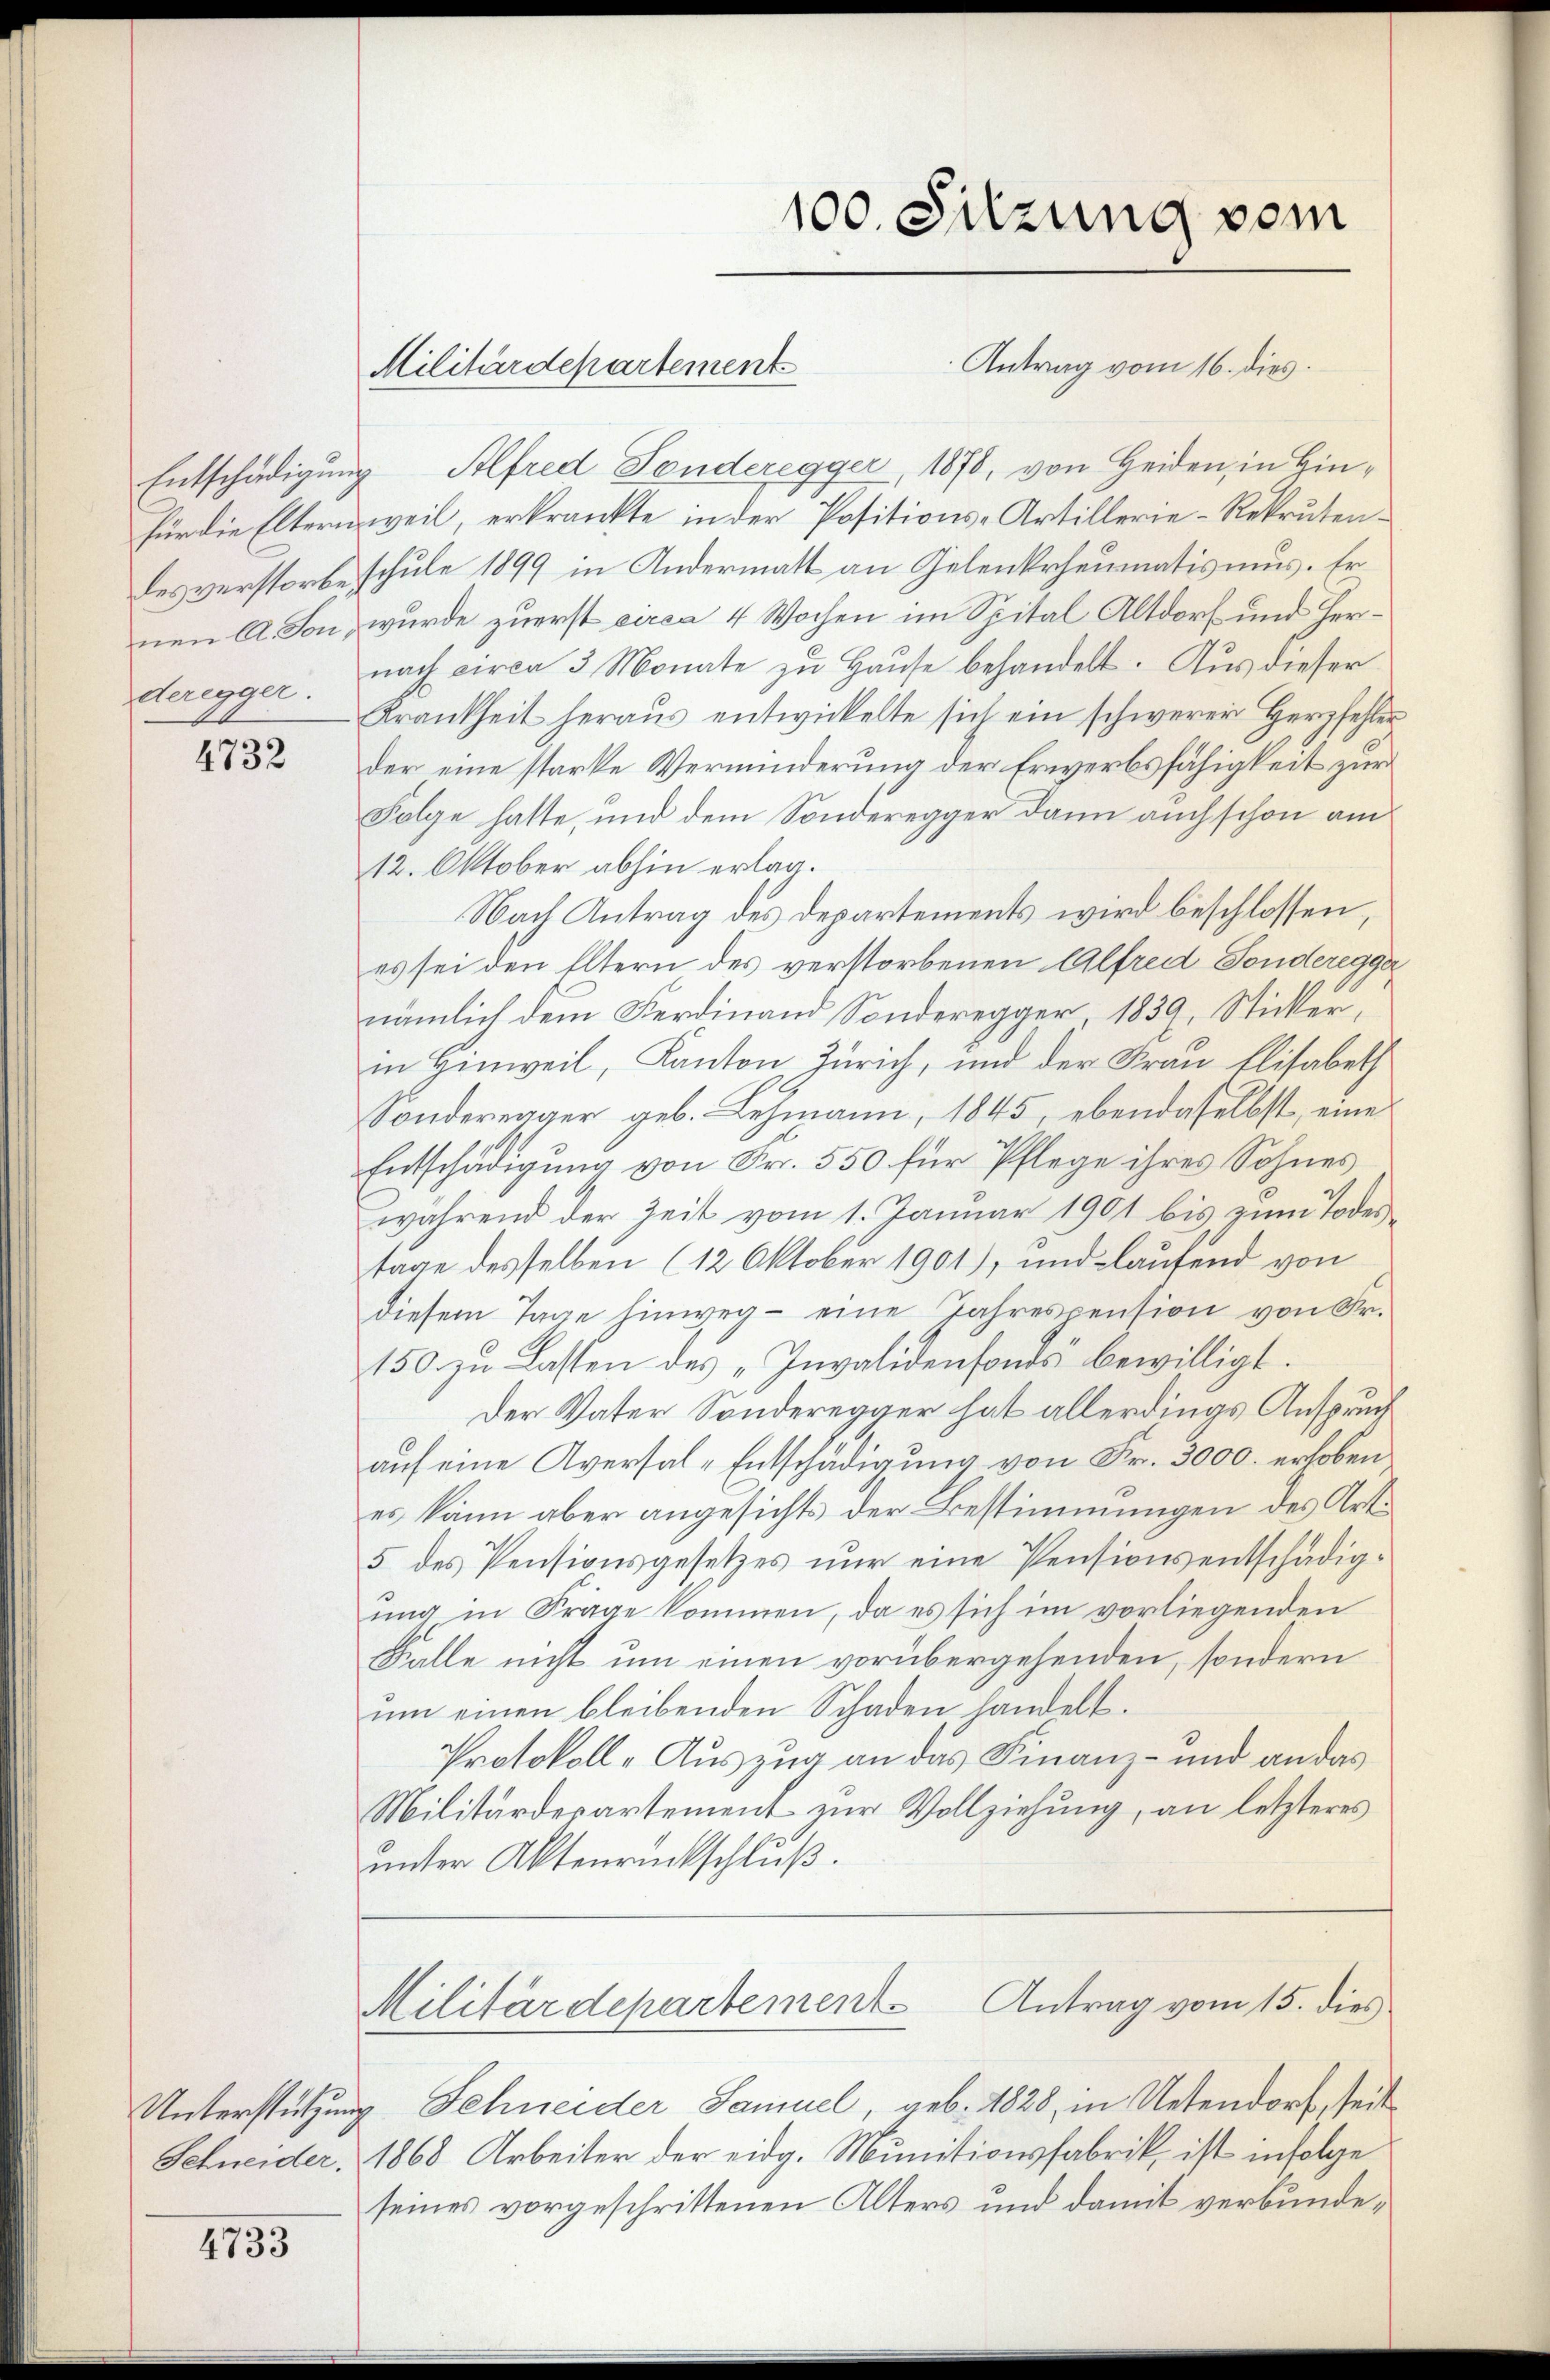
4732

Unterstützung
Schneider.

4733

100. Sitzung vom
Antrag vom 16. dies
Militärdepartement

Entschädigung Alfred Fonderegger, 1878, von Heiden, in Hinfür die Eltern weil, erkränkte in der Positions-Artillerie-Rekrutendesverstorbeschule 1899 in Andermatt an Gelenkrheumatismus. Er
nen A. Son, wurde zuerst circa 4 Wochen im Spital Altdorf und Her¬
Heregger. nach circa 3 Monate zŭ Haŭse behandelt. Aus dieser
Krankheit heraŭs entwickelte sich ein schwerer Herzfehler
der eine starke Verminderung der Erwerbsfähigkeit zur
Folge hatte, und dem Sonderegger dann auch schon am
12. Oktober abhin erlag.
Nach Antrag des Departements wird beschlossen,
es sei den Eltern des verstorbenen Alfred Sonderegga
nämlich dem Ferdinand Sonderegger 1839, Sticker,
in Hinweil, Kanton Zürich, und der Frau Elisabeth
Sonderrager geb. Lehmann, 1845, ebendaselbst, eine
Entschädigung von Fr. 550 für Pflege ihres Sohnes
während der Zeit vom 1. Januar 1901 bis zum Todestage desselben (12 Oktober 1901), und laufend von
diesem Tage hinweg - eine Jahrespension von Sr.
150 zu Lasten des „Invalidenfonds bewilligt.
Der Vater Sonderegger hat allerdings Anspruch
auf eine Aversal-Entschädigung von Fr. 3000. erhoben
es kann aber angesichts der Bestimmungen des Art.
5 des Pensionsgesetzes nur eine Pensionsentschädigung in Frage kommen, da es sich im vorliegenden
Falle nicht um einen vorübergehenden, sondern
um einen bleibenden Schaden handelt.
Protokoll-Auszug an das Finanz- und an das
Militärdepartement zur Vollziehung, an letzteres
unter Aktenrückschluß.
Antrag vom 15. dies
Militärdepartement
v. Schneider Samuel, geb. 1828, in Uetendorf, seit
1868 Arbeiter der eidg. Munitionsfabrik, ist infolge
seines vorgeschrittenen Alters und damit verbunde¬